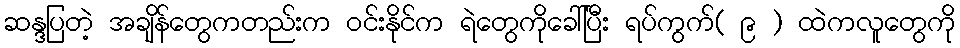
ဆန္ဒပြတဲ့ အချိန်တွေကတည်းက ဝင်းနိုင်က ရဲတွေကိုခေါ်ပြီး ရပ်ကွက်( ၉ ) ထဲကလူတွေကို